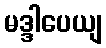
မဒ္ဒါပေယျ